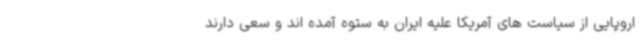
اروپایی از سیاست های آمریکا علیه ایران به ستوه آمده اند و سعی دارند